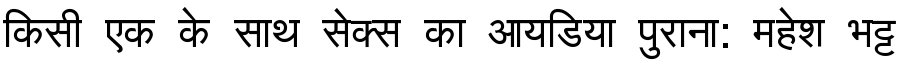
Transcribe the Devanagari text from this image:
किसी एक के साथ सेक्स का आयडिया पुराना: महेश भट्ट